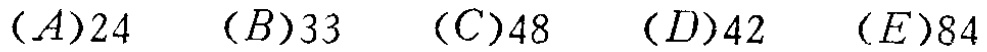
$(A)24\quad (B)33\quad (C)48\quad (D)42\quad (E)84$